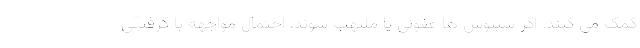
کمک می کنند. اگر سینوس ها عفونی یا ملتهب شوند، احتمال مواجهه با گرفتگی